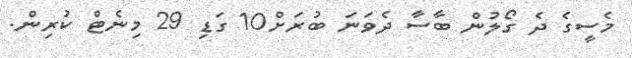
މެސީގެ ދެ ގޯލުން ބާސާ ދެވަނަ ބުރަށް10 ގަޑި 29 މިނެޓް ކުރިން.